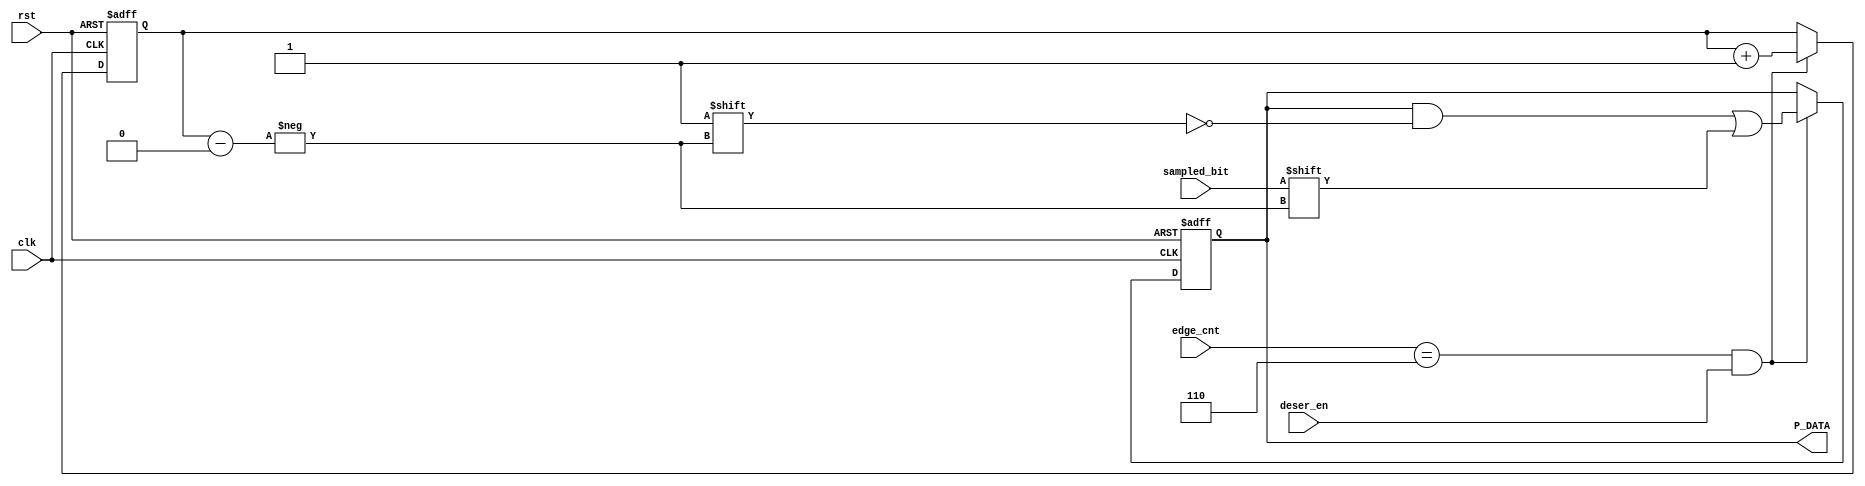
module de_serializer(

input wire deser_en,
input wire clk,
input wire rst,
input wire [2:0]edge_cnt,
input wire sampled_bit,

output reg [7:0] P_DATA


);


reg [2:0] counter;
assign de_serializer_is_done = (counter == 3'b111); 

always @(posedge clk , negedge rst) begin
    
    if(!rst)
    
    begin 

    P_DATA <= 8'b0;
    counter <= 0;


    end

    else 

    begin 
    
    if(edge_cnt == 3'd6 &&  deser_en)

    begin 

    P_DATA[counter] <= sampled_bit;
    counter <= counter + 1'b1;

    end 

    else 

    begin 

    P_DATA <= P_DATA;

    end

    end


end


endmodule